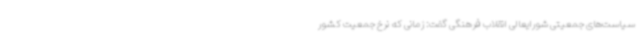
سیاست‌های جمعیتی شورایعالی انقلاب فرهنگی گفت: زمانی که نرخ جمعیت کشور